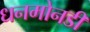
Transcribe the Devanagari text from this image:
धनमोनडी